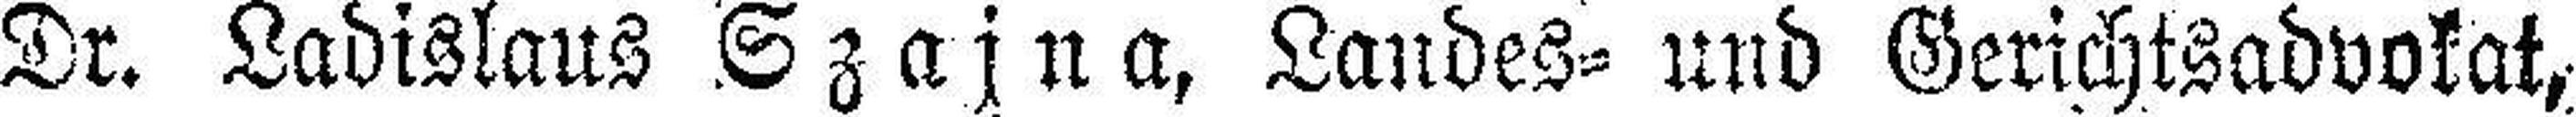
Dr. Ladislaus Szajna, Landes= und Gerichtsadvokatz